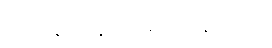
သူမ နည်းနည်း ရှက်နေတယ်။